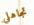
تجاهلي